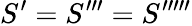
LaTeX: S^{\prime}=S^{\prime\prime\prime}=S^{\prime\prime\prime\prime\prime}